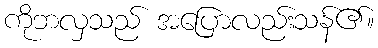
ကိုဘလှသည် အပြောလည်းသန်၏။